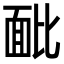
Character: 䩃